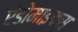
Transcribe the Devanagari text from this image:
एंडोमाइकस